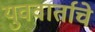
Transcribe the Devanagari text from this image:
युववार्ताचे